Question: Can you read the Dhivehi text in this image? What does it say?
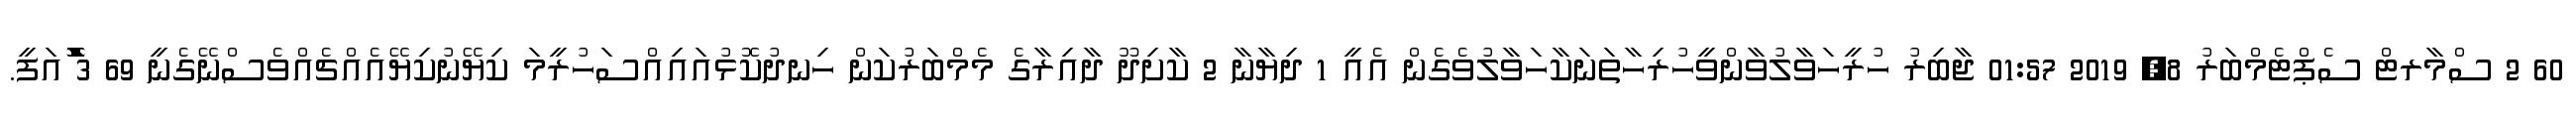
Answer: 60 2 ސްމާރޓް ސެޕްޓެމްބަރު 8, 2019 01:57 ޖާބިރު ހުރީހަވާލުވާންވީހުރިހާތަނަކާހަވާލުވެގެން އެއީ 1 ދިޔާނާ 2 ކާށިދޫ ދާއިރާގެ މެމްބަރުކަން ހިނދުކޮޅުއައިއްސަހުރީމަ ކިޔޭނުކިޔޭއެއްޗެއްވެސްނޭގެނީ 69 3 ާަަަަަެެެޮޮިުއަފީ.